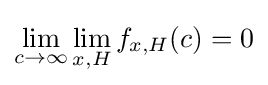
\lim _{c\rightarrow \infty }\lim _{x,H}f_{x,H}(c)=0